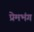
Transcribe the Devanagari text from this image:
प्रेमभंग